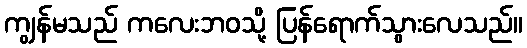
ကျွန်မသည် ကလေးဘဝသို့ ပြန်ရောက်သွားလေသည်။